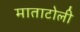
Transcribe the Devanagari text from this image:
माताटोली